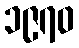
၁၉၇၀